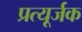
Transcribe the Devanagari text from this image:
प्रत्यूर्जक